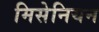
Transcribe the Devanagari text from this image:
मिसेनियन